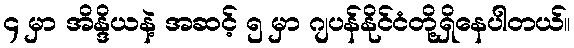
၄ မှာ အိန္ဒိယနဲ့ အဆင့် ၅ မှာ ဂျပန်နိုင်ငံတို့ရှိနေပါတယ်။